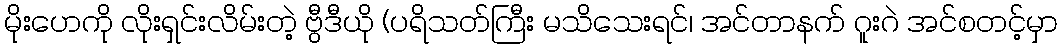
မိုးဟေကို လိုးရှင်းလိမ်းတဲ့ ဗွီဒီယို (ပရိသတ်ကြီး မသိသေးရင်၊ အင်တာနက် ဂူးဂဲ အင်စတင့်မှာ